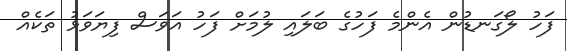
ފަހު ލޯގަނޑުން އެންމެ ފަހުގެ ބަލައި ލުމަށް ފަހު އަވަސް ފިޔަވަޅު ތަކެއް